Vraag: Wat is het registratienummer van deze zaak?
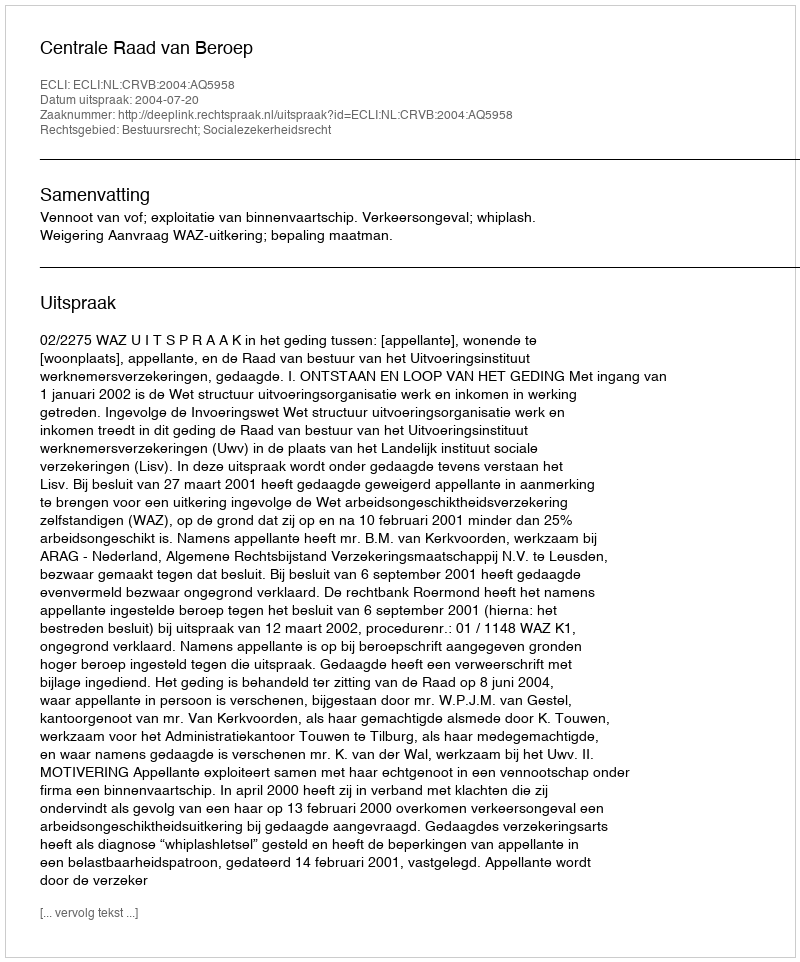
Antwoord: http://deeplink.rechtspraak.nl/uitspraak?id=ECLI:NL:CRVB:2004:AQ5958